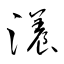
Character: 瀁